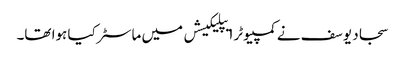
سجاد یوسف نے کمپیوٹر ایپلیکیشں میں ماسٹر کیا ہوا تھا۔